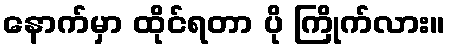
နောက်မှာ ထိုင်ရတာ ပို ကြိုက်လား။